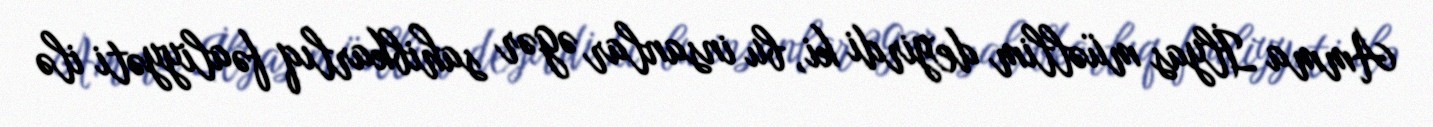
Amma İlyas müəllim deyirdi ki, bu insanlar əgər sahibkarlıq fəaliyyəti ilə